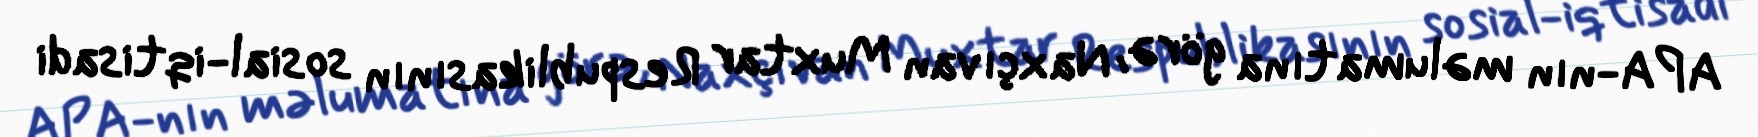
APA-nın məlumatına görə, Naxçıvan Muxtar Respublikasının sosial-iqtisadi